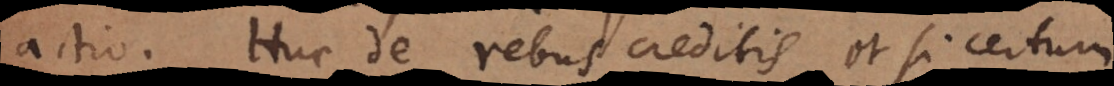
actio. Huc de rebus creditis et si certum